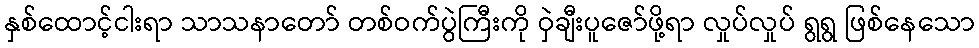
နှစ်ထောင့်ငါးရာ သာသနာတော် တစ်ဝက်ပွဲကြီးကို ဝှဲချီးပူဇော်ဖို့ရာ လှုပ်လှုပ် ရွရွ ဖြစ်နေသော